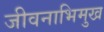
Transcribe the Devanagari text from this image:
जीवनाभिमुख